Document type: Sale
Year: 1354
Scribe: Bernat de Torre
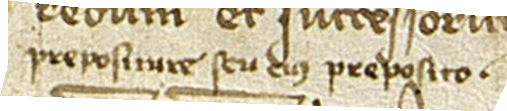
prepositure seu eius preposito